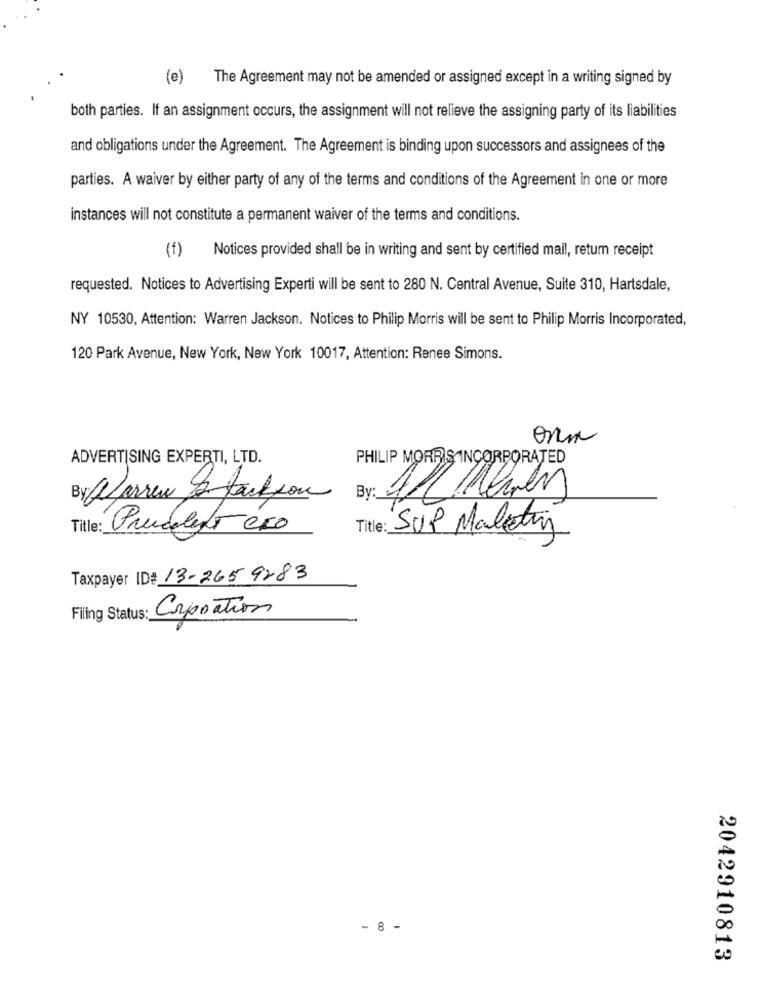
(e) The Agreement may not be amended or assigned except in a writing signed by
both parties. If an assignment occurs, the assignment will not relieve the assigning party of its liabilities
and obligations under the Agreement. The Agreement is binding upon successors and assignees of the
parties. A waiver by either party of any of the terms and conditions of the Agreement in one or more
instances will not constitute a permanent waiver of the terms and conditions.
(f) Notices provided shall be in writing and sent by certified mail, retur receipt
requested. Notices to Advertising Experti will be sent to 280 N. Central Avenue, Suite 310, Hartsdale,
NY 10530, Attention: Warren Jackson. Notices to Philip Morris will be sent to Philip Morris Incorporated,
120 Park Avenue, New York, New York 10017, Attention: Renee Simons.
ADVERTISING EXPERTI, LTD.
PHILIP MORRIS INCORPORATED
By: Warren a Jackson
By: 3
Title:
Predileto és0
Title: SUP Maletin
Taxpayer ID# 13-265 9283
Fling Status: Corporation
- 8 -
2042910813